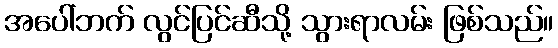
အပေါ်ဘက် လွင်ပြင်ဆီသို့ သွားရာလမ်း ဖြစ်သည်။